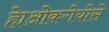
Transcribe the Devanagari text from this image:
ह्येओकगेयोसे